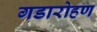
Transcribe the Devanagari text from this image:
गडारोहण